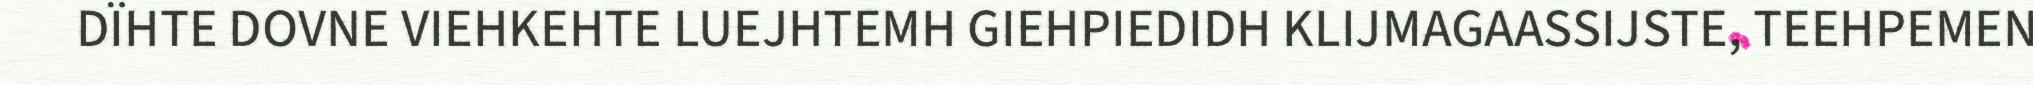
DÏHTE DOVNE VIEHKEHTE LUEJHTEMH GIEHPIEDIDH KLIJMAGAASSIJSTE, TEEHPEMEN